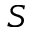
S